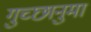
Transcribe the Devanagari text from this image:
गुच्छानुमा